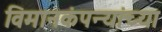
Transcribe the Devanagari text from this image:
विमानकंपन्यांच्या